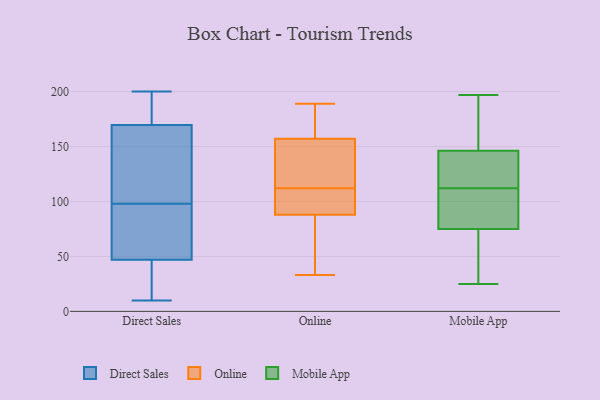
{"axis": {"x": "Active Users", "y": "Value"}, "legend": ["Direct Sales", "Mobile App", "Online"], "data": [{"x": "", "y": 16, "type": "Direct Sales"}, {"x": "", "y": 200, "type": "Direct Sales"}, {"x": "", "y": 102, "type": "Direct Sales"}, {"x": "", "y": 55, "type": "Direct Sales"}, {"x": "", "y": 84, "type": "Direct Sales"}, {"x": "", "y": 28, "type": "Direct Sales"}, {"x": "", "y": 39, "type": "Direct Sales"}, {"x": "", "y": 100, "type": "Direct Sales"}, {"x": "", "y": 168, "type": "Direct Sales"}, {"x": "", "y": 161, "type": "Direct Sales"}, {"x": "", "y": 171, "type": "Direct Sales"}, {"x": "", "y": 67, "type": "Direct Sales"}, {"x": "", "y": 194, "type": "Direct Sales"}, {"x": "", "y": 10, "type": "Direct Sales"}, {"x": "", "y": 183, "type": "Direct Sales"}, {"x": "", "y": 96, "type": "Direct Sales"}, {"x": "", "y": 186, "type": "Direct Sales"}, {"x": "", "y": 39, "type": "Direct Sales"}, {"x": "", "y": 60, "type": "Direct Sales"}, {"x": "", "y": 113, "type": "Direct Sales"}, {"x": "", "y": 91, "type": "Online"}, {"x": "", "y": 47, "type": "Online"}, {"x": "", "y": 33, "type": "Online"}, {"x": "", "y": 189, "type": "Online"}, {"x": "", "y": 89, "type": "Online"}, {"x": "", "y": 147, "type": "Online"}, {"x": "", "y": 146, "type": "Online"}, {"x": "", "y": 180, "type": "Online"}, {"x": "", "y": 100, "type": "Online"}, {"x": "", "y": 87, "type": "Online"}, {"x": "", "y": 136, "type": "Online"}, {"x": "", "y": 183, "type": "Online"}, {"x": "", "y": 167, "type": "Online"}, {"x": "", "y": 120, "type": "Online"}, {"x": "", "y": 104, "type": "Online"}, {"x": "", "y": 51, "type": "Online"}, {"x": "", "y": 60, "type": "Mobile App"}, {"x": "", "y": 47, "type": "Mobile App"}, {"x": "", "y": 197, "type": "Mobile App"}, {"x": "", "y": 112, "type": "Mobile App"}, {"x": "", "y": 71, "type": "Mobile App"}, {"x": "", "y": 135, "type": "Mobile App"}, {"x": "", "y": 150, "type": "Mobile App"}, {"x": "", "y": 133, "type": "Mobile App"}, {"x": "", "y": 92, "type": "Mobile App"}, {"x": "", "y": 155, "type": "Mobile App"}, {"x": "", "y": 181, "type": "Mobile App"}, {"x": "", "y": 25, "type": "Mobile App"}, {"x": "", "y": 115, "type": "Mobile App"}, {"x": "", "y": 100, "type": "Mobile App"}, {"x": "", "y": 87, "type": "Mobile App"}]}